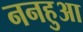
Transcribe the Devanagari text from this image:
ननहुआ